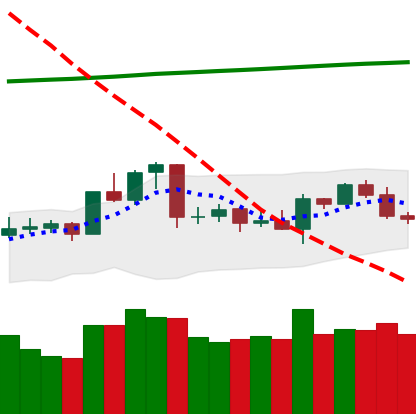
Ticker: ETC-USD
Chart end date: 2020-04-21
Forward return: 19.023%
Label: up_7plus